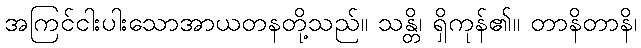
အကြင်ငါးပါးသောအာယတနတို့သည်။ သန္တိ၊ ရှိကုန်၏။ တာနိတာနိ၊